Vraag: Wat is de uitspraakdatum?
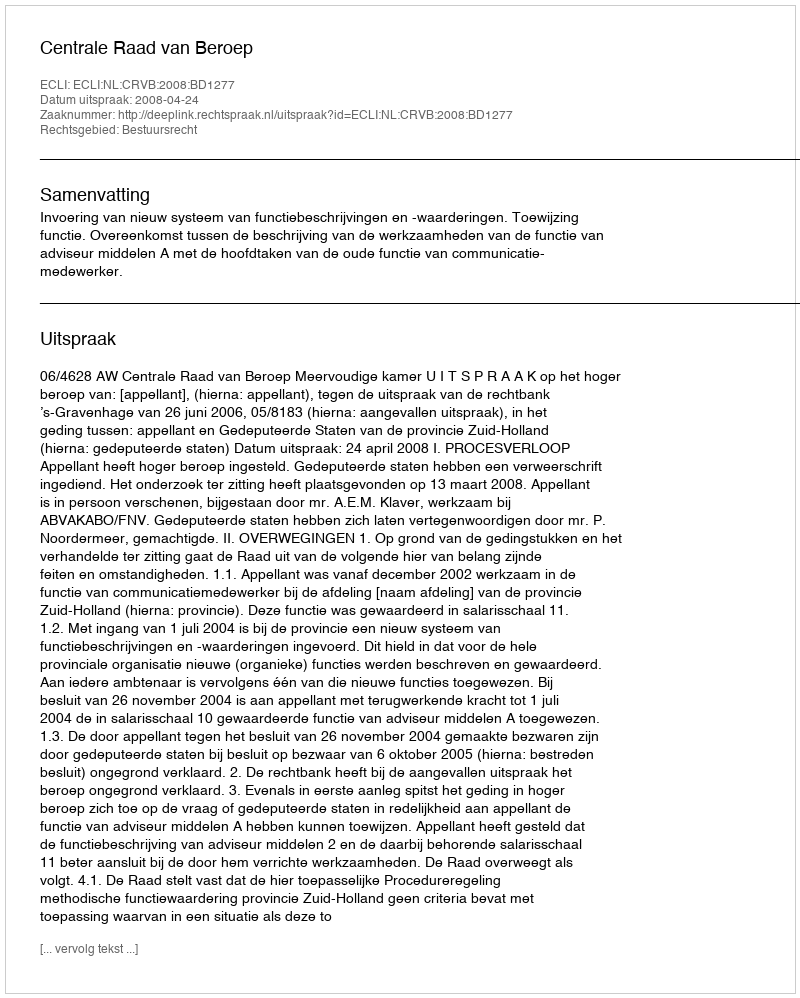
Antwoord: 2008-04-24